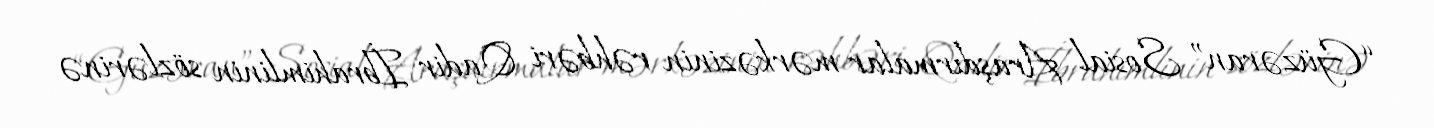
“Güzəran” Sosial Araşdırmalar mərkəzinin rəhbəri Qadir İbrahimlinin sözlərinə